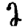
Digit: 2